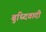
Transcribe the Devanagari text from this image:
बुध्दिवादी